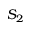
S _ { 2 }